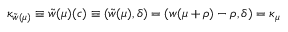
\kappa _ { \tilde { w } ( \mu ) } \equiv \tilde { w } ( \mu ) ( c ) \equiv ( \tilde { w } ( \mu ) , \delta ) = ( w ( \mu + \rho ) - \rho , \delta ) = \kappa _ { \mu }